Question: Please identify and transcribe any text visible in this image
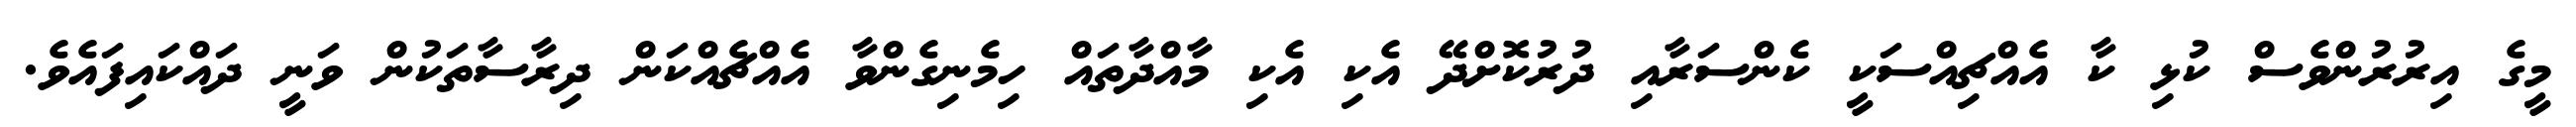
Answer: މީގެ އިރުރުންވެސް ކުޅި ކާ އެއްޗިއްސަކީ ކެންސަރާއި ދުރުކޮށްދޭ އެކި އެކި މާއްދާތައް ހިމެނިގެންވާ އެއްޗެއްކަން ދިރާސާތަކުން ވަނީ ދައްކައިފައެވެ.